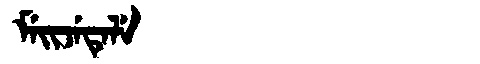
Manchu: ᠮᡝᡳᠵᡝᡨᡝᠯᡝ
Romanization: MEIJETELE